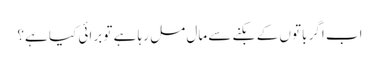
اب اگر باتوں کے بکنے سے مال مل رہا ہے تو برائی کیا ہے؟